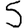
Digit: 5